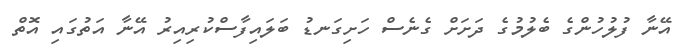
އޭނާ ފުލުހުންގެ ބެލުމުގެ ދަށަށް ގެނެސް ހަށިގަނޑު ބަލައިފާސްކުރިއިރު އޭނާ އަތުގައި އޮތް